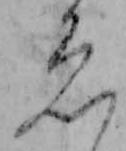
ゑ